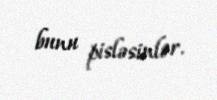
bunu pisləsinlər.